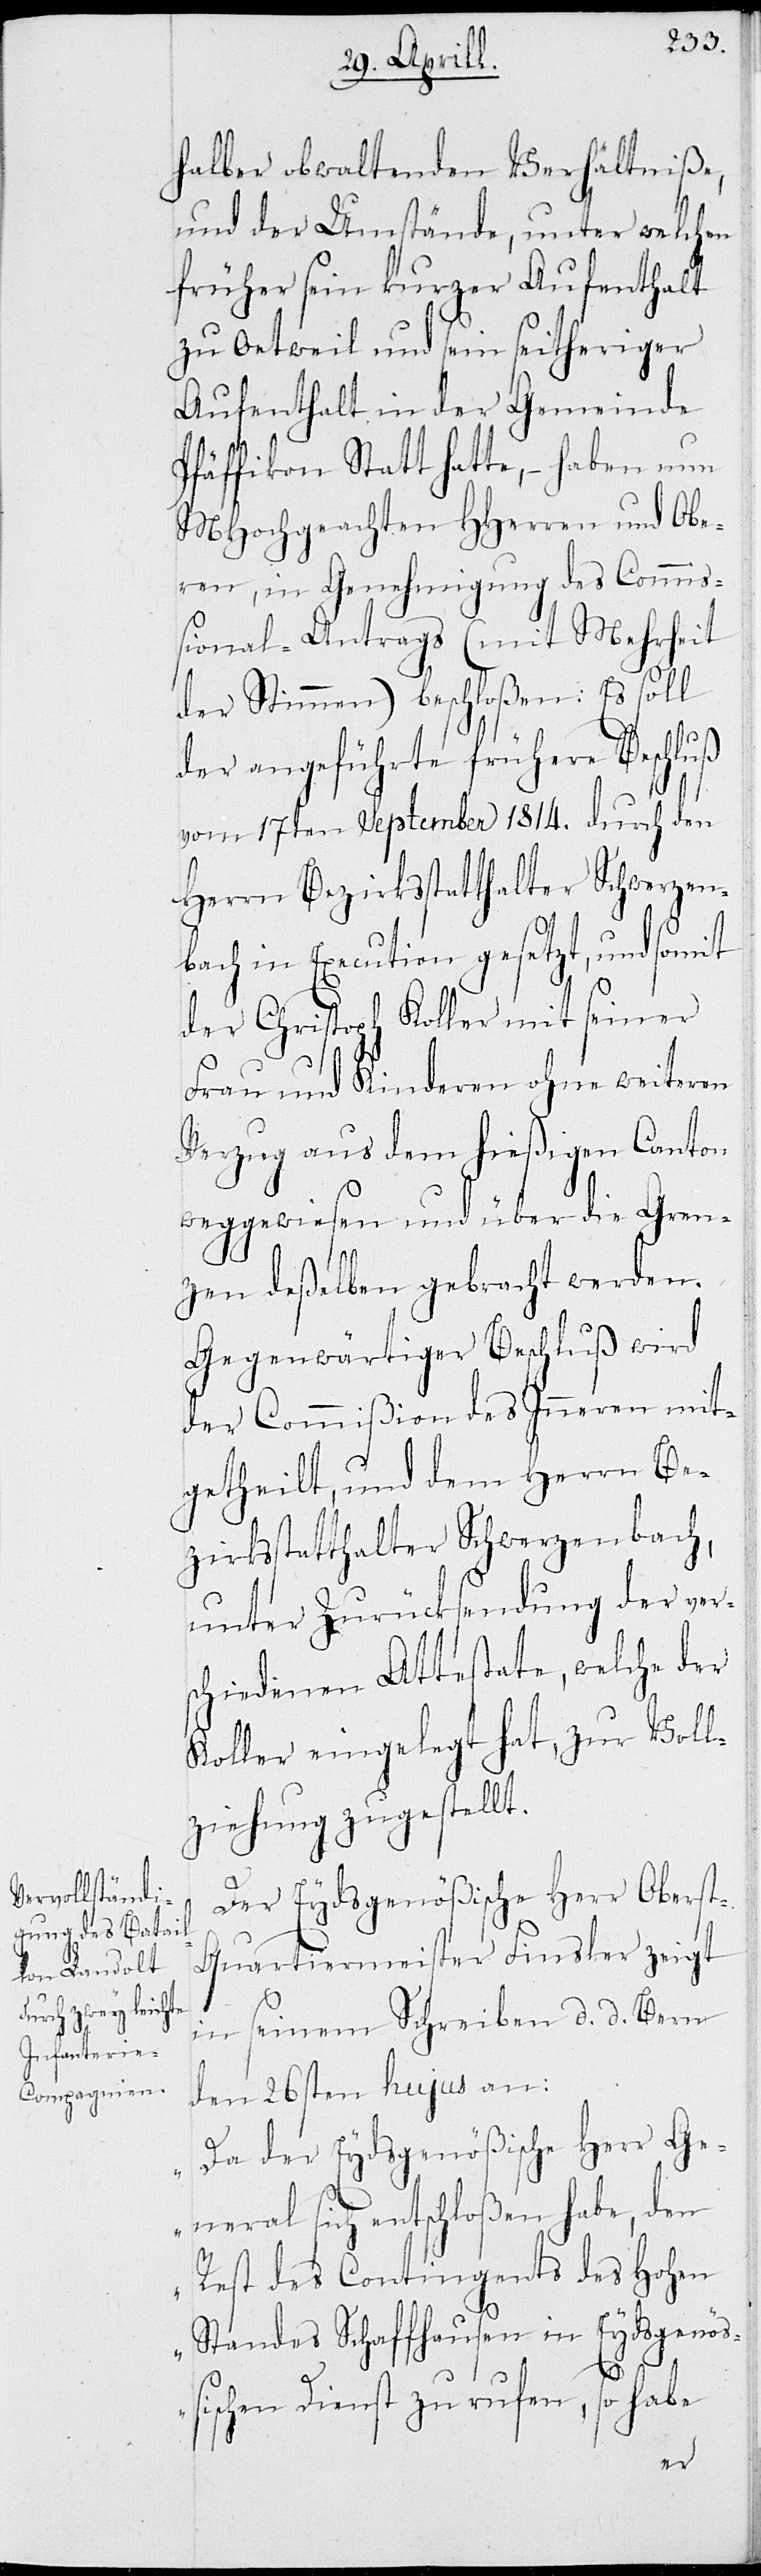
halber obwaltenden Verhältniße,
und der Umstände, unter welchen
früher sein kurzer Aufenthalt
zu Oetwil und sein seitheriger
Aufenthalt in der Gemeinde
Pfäffikon Statt hatte, – haben nun
MHochgachten HHerren und Obe¬
ren, in Genehmigung des Commi¬
ßional-Antrags (mit Mehrheit
der Stimmen) beschloßen: Es soll
der angeführte frühere Beschluß
vom 17ten September 1814. durch den
Herrn Bezirksstatthalter Schwerzen¬
bach in Execution gesetzt, und somit
der Christoph Koller mit seiner
seinen Kinderen ohne weiteren
Verzug aus dem hießigen Canton
weggewiesen und über die Gren¬
zen deßelben gebracht werden.
Gegenwärtiger Beschluß wird
der Commißion des Inneren mit¬
getheilt, und dem Herrn Bez¬
irksstatthalter Schwerzenbach,
unter Zurücksendung der vers¬
chiedenen Attestate, welche der
Koller eingelegt hat, zur Voll¬
ziehung zugestellt.
Der Eydsgenößische Herr Obers¬
t-Quartiermeister Finsler zeigt
in seinem Schreiben d. d. Bern
den 26sten hujus an:
„Da der Eydsgenößische Herr Ge¬
neral sich entschloßen habe, den
Rest des Contingents des Hohen
Standes Schaffhausen in Eydsgenöß¬
ischen Dienst zu rufen, so habe